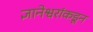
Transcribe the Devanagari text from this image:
ज्ञानेश्वरांकडून